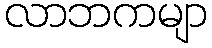
လာဘကမျာ